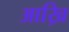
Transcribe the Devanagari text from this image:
आख्रि